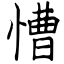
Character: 慒